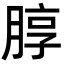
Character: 朜